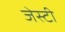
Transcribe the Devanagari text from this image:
जेस्टी